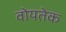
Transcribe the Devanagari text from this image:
वोयतेक